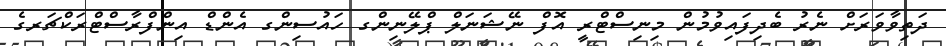
ދަތިވާވަރަށް ނެރު ބެދިފައިވުމުން މިނިސްޓްރީ އޮފް ނޭޝަނަލް ޕްލޭނިންގ ހައުސިންގ އެންޑް އިންފްރާސްޓްރަކްޗަރގެ